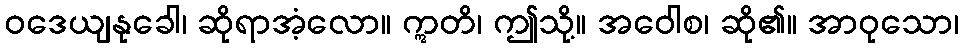
ဝဒေယျနုခေါ၊ ဆိုရာအံ့လော။ ဣတိ၊ ဤသို့။ အဝေါစ၊ ဆို၏။ အာဝုသော၊